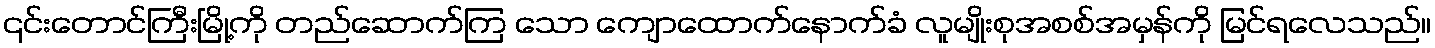
၎င်းတောင်ကြီးမြို့ကို တည်ဆောက်ကြ သော ကျောထောက်နောက်ခံ လူမျိုးစုအစစ်အမှန်ကို မြင်ရလေသည်။